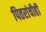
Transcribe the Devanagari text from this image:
पितरांचीही